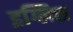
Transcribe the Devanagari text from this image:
इग्लिस